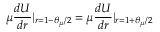
\mu \frac { d U } { d r } | _ { r = 1 - \theta _ { \mu } / 2 } = \mu \frac { d U } { d r } | _ { r = 1 + \theta _ { \mu } / 2 }